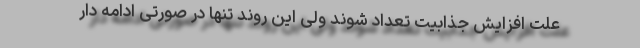
علت افزایش جذابیت تعداد شوند ولی این روند تنها در صورتی ادامه دار